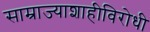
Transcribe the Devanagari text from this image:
साम्राज्याशाहीविरोधी